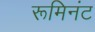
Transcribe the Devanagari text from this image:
रूमिनंट